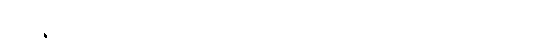
ညတုန်းက ပြည်မိုးငြိမ်းကို တိုက်ခိုက်ခဲ့သည့် သံသယရှိခွင့်ဆိုသည့် စကားလုံးသည်